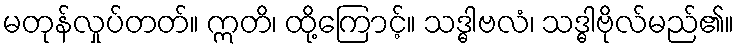
မတုန်လှုပ်တတ်။ ဣတိ၊ ထို့ကြောင့်။ သဒ္ဓါဗလံ၊ သဒ္ဓါဗိုလ်မည်၏။